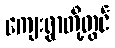
ကျေးရွာတို့တွင်